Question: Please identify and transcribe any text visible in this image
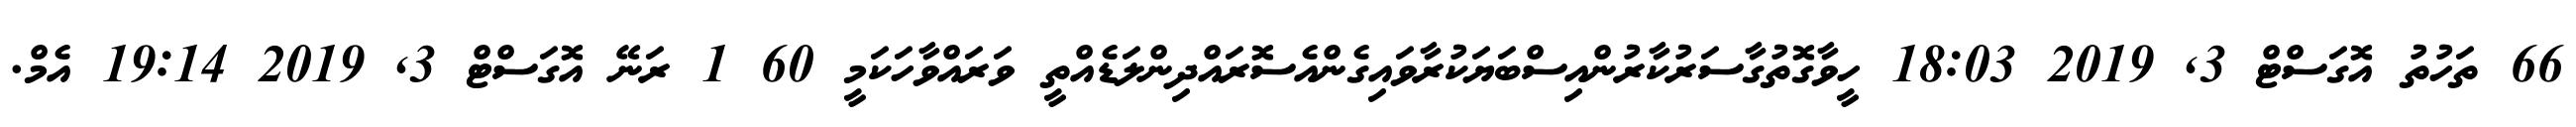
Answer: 66 ތަހުތު އޮގަސްޓް 3, 2019 18:03 ހީވާގޮތުގާސަރުކާރުންއިސްބަޔަކުރާވައިގެންއެސޮރައްދިންލަޑެއްތީ ވަރައްވާހަކަމީ 60 1 ރަނޭ އޮގަސްޓް 3, 2019 19:14 އެމް.